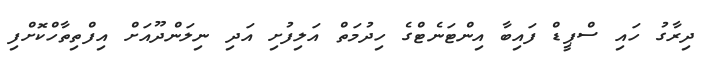
ދިރާގު ހައި ސްޕީޑް ފައިބާ އިންޓަނެޓްގެ ހިދުމަތް އަލިފުށި އަދި ނިލަންދޫއަށް އިފްތިތާހްކޮށްފި